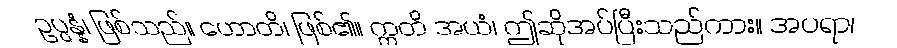
ဥပ္ပန္နံ၊ ဖြစ်သည်။ ဟောတိ၊ ဖြစ်၏။ ဣတိ အယံ၊ ဤဆိုအပ်ပြီးသည်ကား။ အပရာ၊